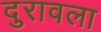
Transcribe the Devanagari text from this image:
दुरावला